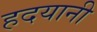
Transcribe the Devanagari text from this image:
हदयानी